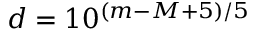
d = 1 0 ^ { ( m - M + 5 ) / 5 }